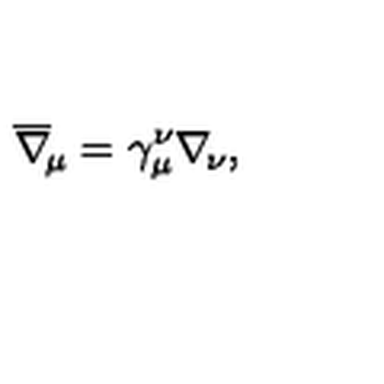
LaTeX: \overline { \nabla } _ { \! \mu } = \gamma _ { \mu } ^ { \nu } \nabla _ { \! \nu } ,